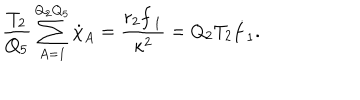
{ \frac { T _ { 2 } } { Q _ { 5 } } } \sum _ { A = 1 } ^ { Q _ { 2 } Q _ { 5 } } \dot { \chi } _ { A } = { \frac { r _ { 2 } { \dot { f } _ { 1 } } } { \kappa ^ { 2 } } } = Q _ { 2 } T _ { 2 } \dot { f } _ { 1 } .